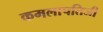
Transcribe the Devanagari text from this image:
कमलापतिजी